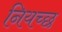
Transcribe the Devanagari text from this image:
नियच्छ